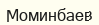
Моминбаев